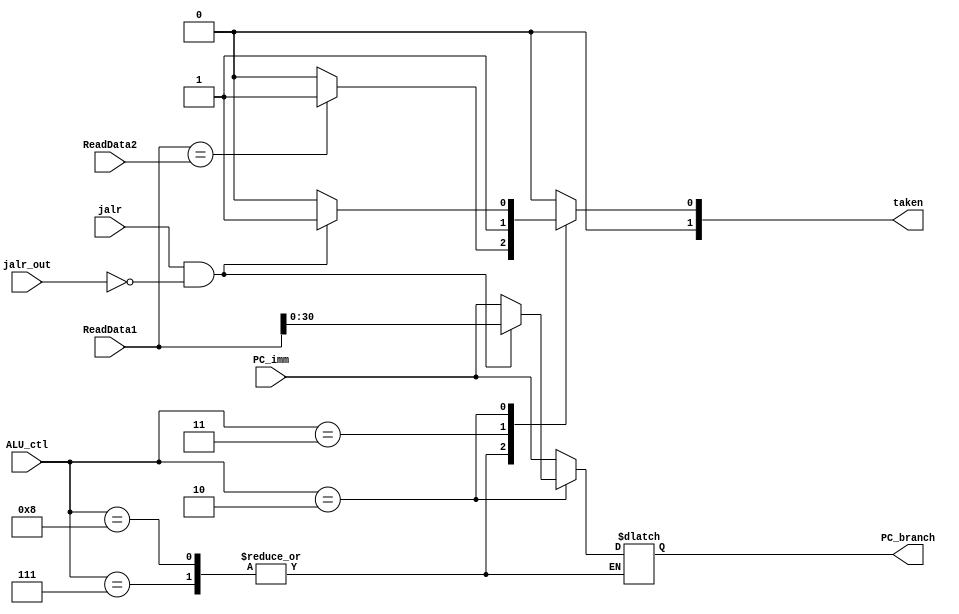
`timescale 1ns / 1ps
//ALU OPERATION
`define _AND_	4'b0000
`define _OR_	4'b0001
`define _ADD_	4'b0010
`define _SUB_	4'b0110
`define _BEQ_	4'b0111	// ALU  
`define _BNE_	4'b1000	// ALU  
`define _JAL_	4'b0011	// ALU  
`define _JALR_ 4'b0010	//ADD  . jalr_out==0 ALU  .
`define _BLT_	4'b0111
`define _BGE_	4'b1011


module InDecode_branch(
	input [30:0] PC_imm,
	input [31:0] ReadData1, ReadData2,
	input [3:0] ALU_ctl,
	input jalr, jalr_out,
	output reg [1:0] taken,
	output reg [30:0] PC_branch
    );

	always @(*) begin
		case (ALU_ctl)
			`_BEQ_: taken = (ReadData1 == ReadData2) ? 2'b01 : 2'b00;
				
			`_BNE_: 
				taken = (ReadData1 == ReadData2) ? 2'b01 : 2'b00;

			`_JAL_:begin
					PC_branch=PC_imm;
					taken=1;
				end
			`_JALR_: 
				if (jalr==1 && jalr_out ==0) begin
						PC_branch=ReadData1; //imme==0  RS1
						taken=1;
					end
				else begin
					PC_branch=PC_imm;
					taken=0;
				end
				
			default: begin
					PC_branch=PC_imm;
					taken=0;
				end
		endcase	
end


endmodule